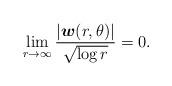
LaTeX: \begin{align*}\lim_{r\to\infty}\frac{|\boldsymbol{w}(r,\theta)|}{\sqrt{\log r}}=0.\end{align*}